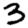
Digit: 3